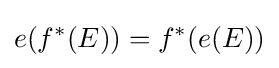
e(f^{*}(E))=f^{*}(e(E))